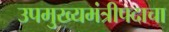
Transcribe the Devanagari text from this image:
उपमुख्यमंत्रीपदाचा